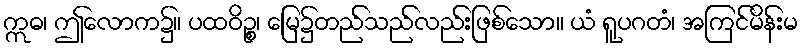
ဣဓ၊ ဤလောက၌။ ပထဝိဉ္စ၊ မြေ၌တည်သည်လည်းဖြစ်သော။ ယံ ရူပဂတံ၊ အကြင်မိန်းမ